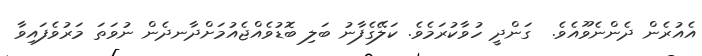
އެއުުރެން ދެންނެވޫއެވެ.  ގަންދީ ހުވާކުރަމެވެ. ކަލޭގެފާނު ބަލި ބޮޑުވެއްޖެއުމަށްދާނދެން ނުވަތަ މަރުވެފައިވާ